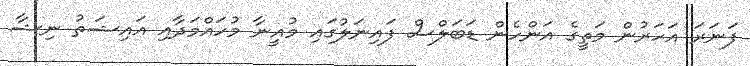
ފަނަރަ އަހަރުން މަތީގެ އަންހެން ޑަބަލްސް ފައިނަލުގައި މުއީނާ މުހައްމަދާއި އައިޝަތު ނިޝާ